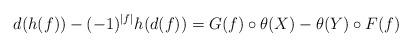
LaTeX: \begin{align*}d(h(f))-(-1)^{|f|}h(d(f))=G(f)\circ \theta(X)-\theta(Y)\circ F(f)\end{align*}